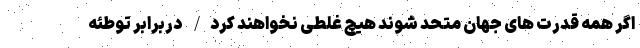
اگر همه قدرت های جهان متحد شوند هیچ غلطی نخواهند کرد/ دربرابر توطئه